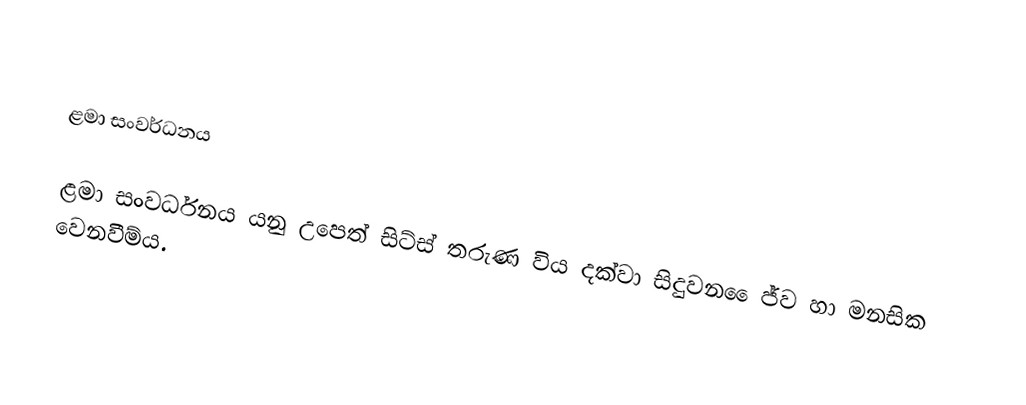

ළමා සංවර්ධනය

ළමා සංවර්ධනය යනු උපෙත් සිට්ස් තරුණ විය දක්වා සිදුවන ෛජ්ව හා මනසික වෙනවීම්ය.